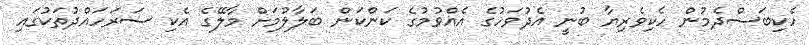
ހެކިބަސްދެމުން ހެކިވެރިޔާ ބުނީ އެދުވަހުގެ އެއްވުމުގެ ކަންކަން ބަލާލުމަށް މާލޭގެ އެކި ސަރަހައްދުތަކުގައި